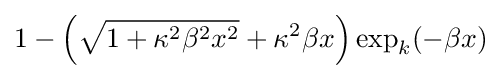
1-{\Big (}{\sqrt {1+\kappa ^{2}\beta ^{2}x^{2}}}+\kappa ^{2}\beta x{\Big )}\exp _{k}({-\beta x)}